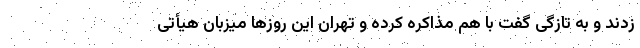
زدند و به تازگی گفت با هم مذاکره کرده و تهران این روزها میزبان هیأتی